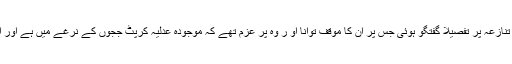
تقریباََ دو گھنٹے کی طویل ملاقات میں ان کے اور عدلیہ آزاد کشمیر کے مابین تنازعہ پر تفصیلاََ گفتگو ہوئی جس پر ان کا موقف توانا او ر وہ پر عزم تھے کہ موجودہ عدلیہ کرپٹ ججوں کے نرغے میں ہے اور اس کو ان سے آزاد کرانے کے لئے کسی بھی قربا نی سے دریغ نہیں کروں گا۔